Civil Veterinary Department. United Provinces 1912-22 - 1912-1922
Year: 1912
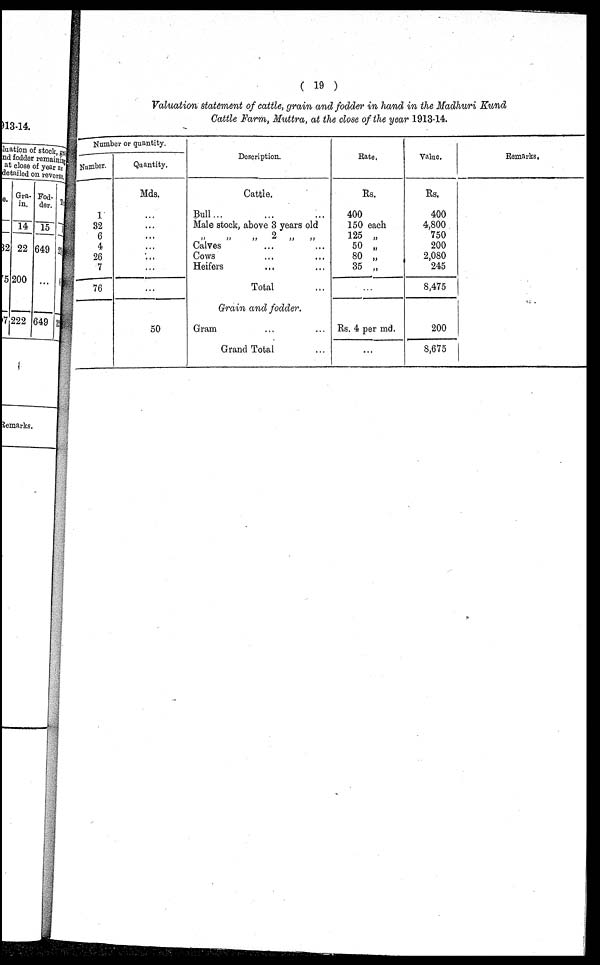
(19)
Valuation statement of cattle, grain and fodder in hand in the Madhuri Kund
Cattle Farm, Muttra, at the close of the year 1913-14.
Number or quantity.
Number.
1
32
6
4
26
7
76
Quantity.
Mds.
...
...
...
...
...
...
...
50
Description.
Cattle.
Bull... ... ...
Male stock, above 3 years old
„ „ „ 2„ „
Calves ... ...
Cows ... ...
Heifers ... ...
Total ...
Grain and fodder.
Gram ... ...
Grand Total ...
Rate.
Rs.
400
150 each
125 „
50 „
80 „
35 „
...
Rs. 4 per md.
...
Value.
Rs.
400
4,800
750
200
2,080
245
8,475
200
8,675
Remarks.